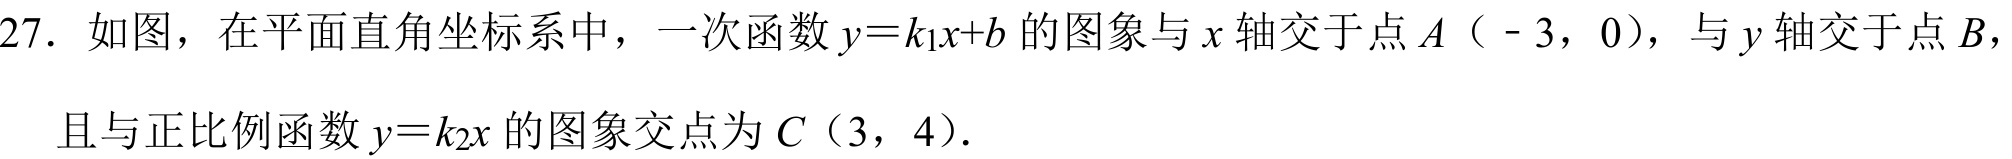
27. 如图，在平面直角坐标系中，一次函数\(y = k_{1}x + b\)的图象与\(x\)轴交于点\(A(-3,0)\)，与\(y\)轴交于点\(B\)，且与正比例函数\(y = k_{2}x\)的图象交点为\(C(3,4)\).